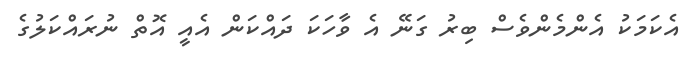
އެކަމަކު އެންމެންވެސް ބިރު ގަނޭ އެ ވާހަކަ ދައްކަން އެއީ އޮތް ނުރައްކަލުގެ